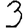
Digit: 3